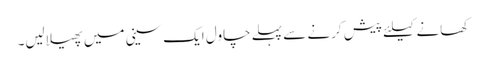
کھانے کیلئے پیش کرنے سے پہلے چاول ایک سینی میں پھیلالیں۔